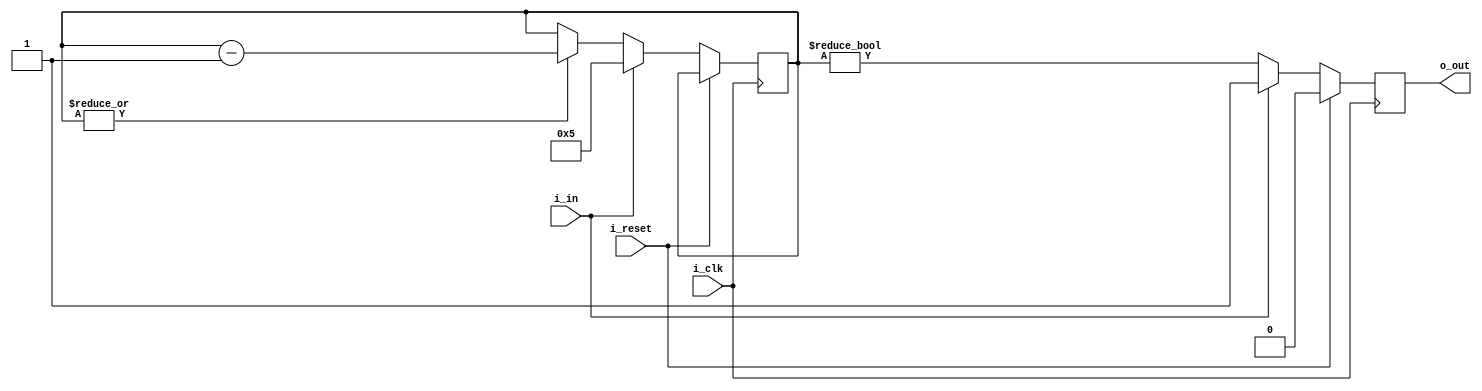
module ss1(i_clk, i_reset,
	i_in, o_out);

parameter N = 5;

input wire i_clk;
input wire i_reset;
input wire i_in;
output reg o_out;

reg [$clog2(N):0] count;

always @(posedge i_clk) begin
	if (i_reset)
		o_out <= 0;
	else begin
		o_out <= count != 0;
		if (i_in) begin
			count <= N;
			o_out <= 1;
		end else if (|count)
			count <= count - 1;
	end
end
endmodule